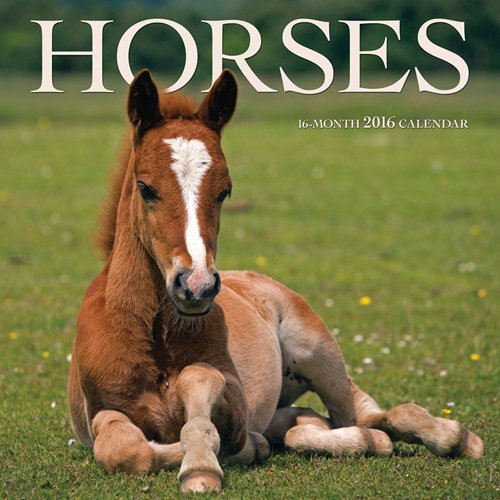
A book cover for Horses 2016 Mini 7X7 Wyman; Browntrout Publishers; Calendars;